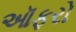
ઑફરો